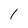
Character: 1